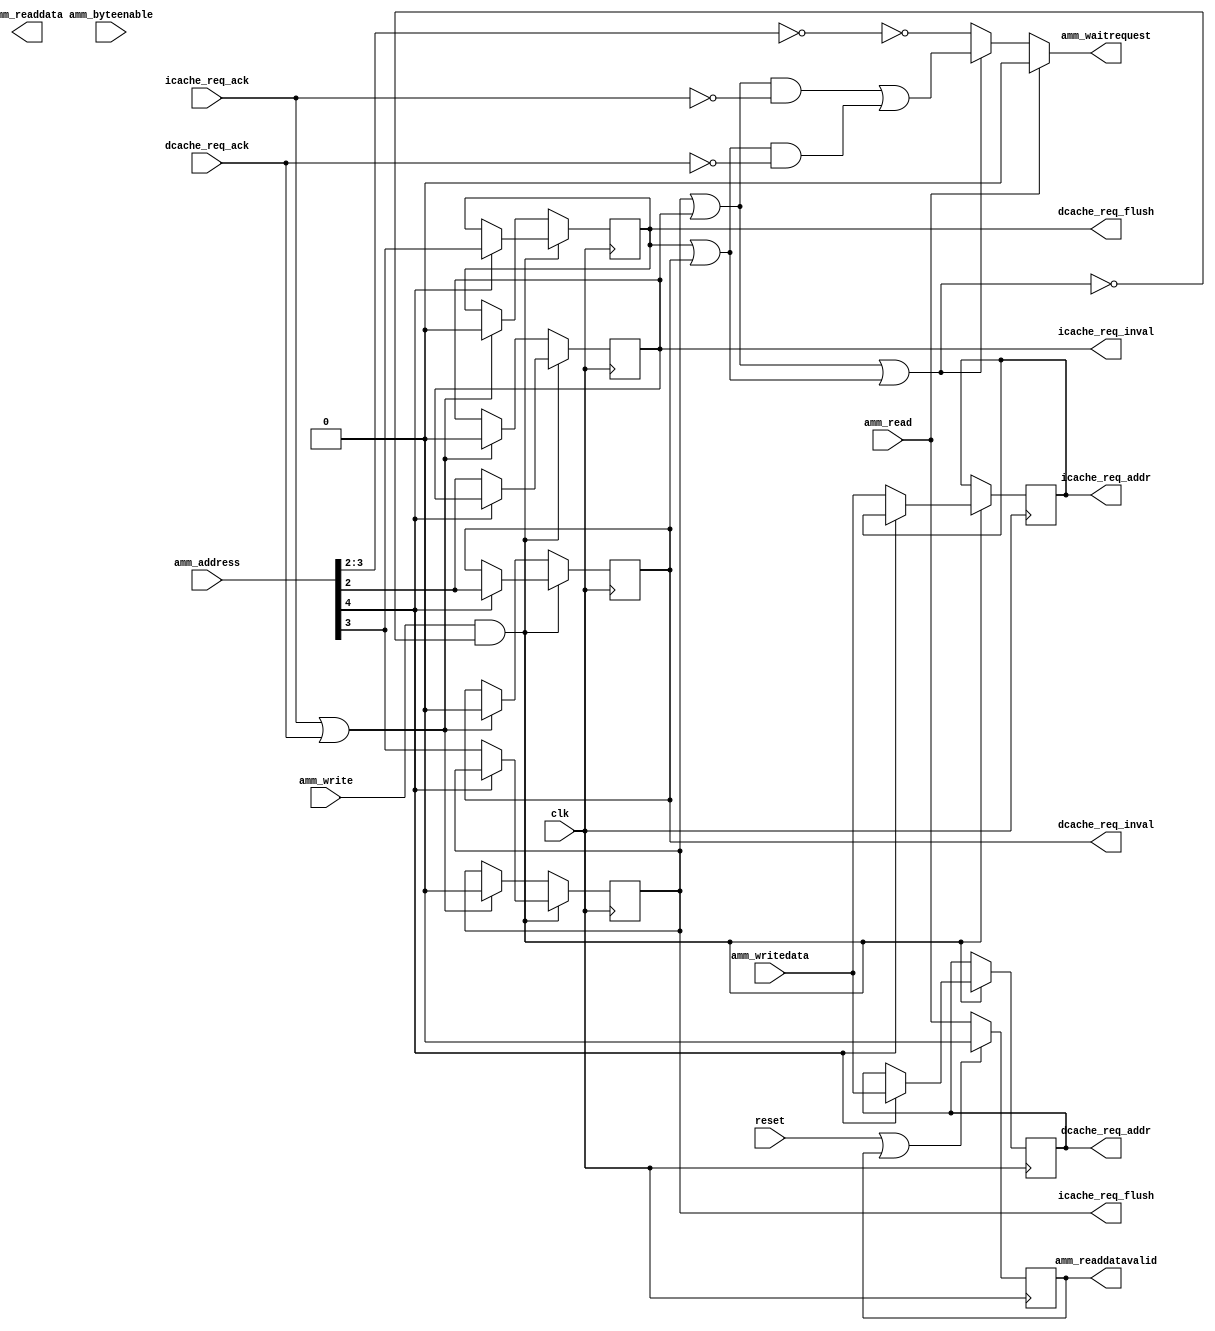
//-----------------------------------------------------------------------------
// Copyright (c) 2017 AsicVault OU
//
// Description : Avalon MM to cache management interface module
//----------------------------------------------------------------------------

module ammrv_cache_ctrl (
	input				clk						,
	input				reset					, //synchronous active high reset
	
	input	[31:0]		amm_address				,
	input	[ 3:0]		amm_byteenable			, // ignored
	input	[31:0]		amm_writedata			,
	input				amm_read				,
	input				amm_write				,
	output				amm_waitrequest			,
	output	[31:0]		amm_readdata			,
	output	reg			amm_readdatavalid	= 0	,
	
	//cache management interface
	output	reg [31:0]	icache_req_addr			,
	output	reg			icache_req_flush	= 0	,
	output	reg			icache_req_inval	= 0	,
	input				icache_req_ack			,

	output	reg [31:0]	dcache_req_addr			,
	output	reg			dcache_req_flush	= 0	,
	output	reg			dcache_req_inval	= 0	,
	input				dcache_req_ack			
);

	//avalon MM to cache managemeni interface bridge
	// 1. All read transactions return dummy data
	// 2. write transactions address bits [3:2] define the behaviour:
	// Address[4] selects between instruction cache and data cache
	// 1 - icache
	// 1 - dcache
	// Addr[3:2]
	// 00 - nop
	// 01 - x_req_inval
	// 10 - x_req_flush
	// 11 - x_req_flush & x_req_inval
	
	
	wire exec  = (icache_req_flush | icache_req_inval) | (dcache_req_flush | dcache_req_inval);
	wire iwait = (icache_req_flush | icache_req_inval) & ~icache_req_ack;
	wire dwait = (dcache_req_flush | dcache_req_inval) & ~dcache_req_ack;
	
	assign amm_waitrequest = amm_read? 1'b0 : exec? (iwait | dwait) : ~(amm_address[3:2] == 2'b00);
	
	always @(posedge clk) begin
		amm_readdatavalid <= (reset | amm_readdatavalid)? 1'b0 : amm_read;
		if (amm_write & ~exec) begin
			if (amm_address[4]) begin
				dcache_req_flush <= amm_address[3];
				dcache_req_inval <= amm_address[2];
				dcache_req_addr  <= amm_writedata ;
			end else begin
				icache_req_flush <= amm_address[3];
				icache_req_inval <= amm_address[2];
				icache_req_addr  <= amm_writedata ;
			end
		end else if (icache_req_ack | dcache_req_ack) begin
			dcache_req_flush <= 1'b0;
			dcache_req_inval <= 1'b0;
			icache_req_flush <= 1'b0;
			icache_req_inval <= 1'b0;
		end
	end
	
endmodule